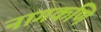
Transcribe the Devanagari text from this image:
नागकणि